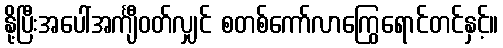
နို့ပြီးအပေါ်အင်္ကျီဝတ်လျှင် စတစ်ကော်လာကြွေရောင်တင်နှင့်။